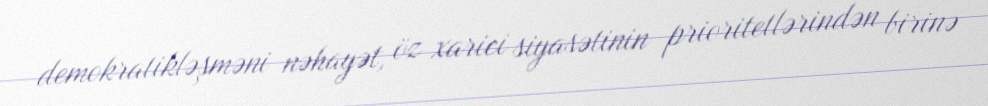
demokratikləşməni nəhayət, öz xarici siyasətinin prioritetlərindən birinə